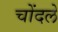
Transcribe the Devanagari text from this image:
चोंदले